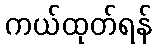
ကယ်ထုတ်ရန်